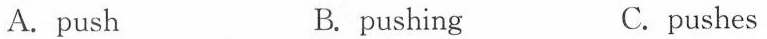
A.push B. pushing C.pushes